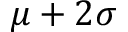
\mu + 2 \sigma